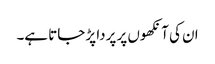
ان کی آنکھوں پر پردا پڑ جاتا ہے۔